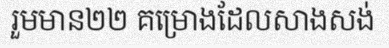
រួមមាន២២ គម្រោងដែលសាងសង់